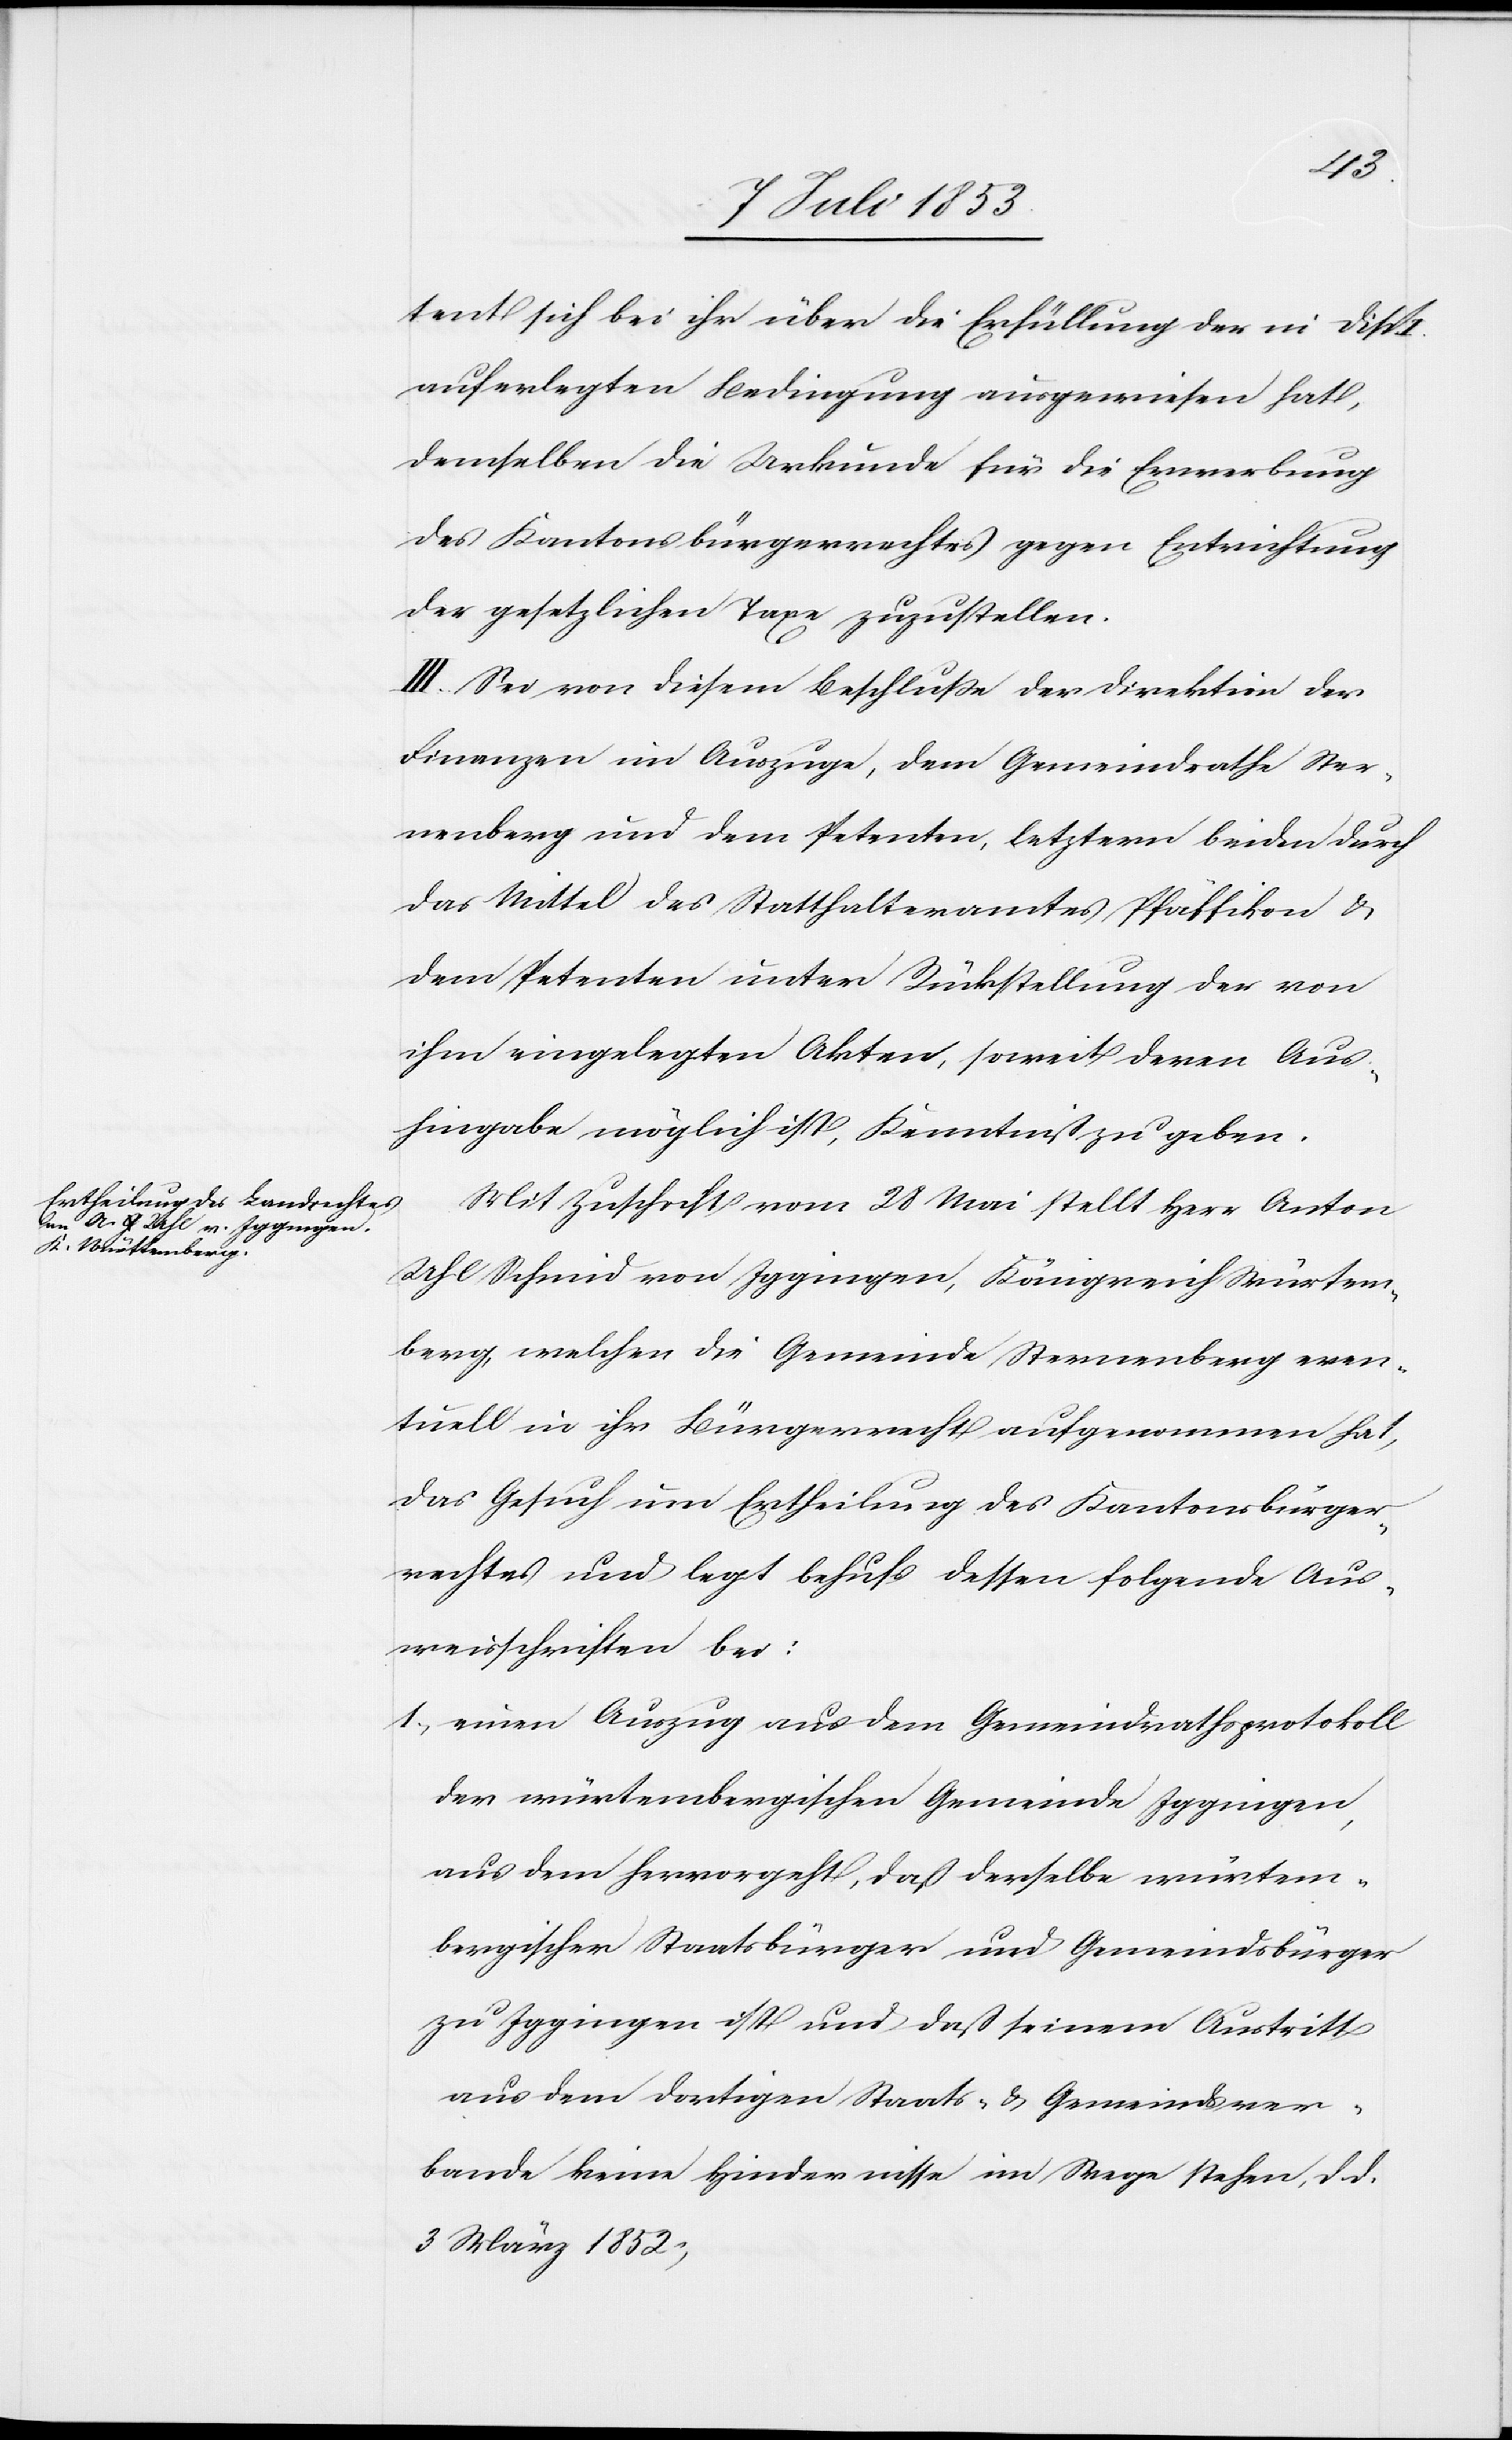
tent sich bei ihr über die Erfüllung der im Disp.
auferlegten Bedingung ausgewiesen hat,
demselben die Urkunde für die Erwerbung
des Kantonsbürgerrechtes gegen Entrichtung
der gesetzlichen Taxe zuzustellen.
III. Sei von diesem Beschluße der Direktion der
Finanzen im Auszuge, dem Gemeindrathe Ster¬
nenberg und dem Petenten, letztern beiden durch
das Mittel des Statthalteramtes Pfäffikon u.
dem Petenten unter Rückstellung der von
ihm eingelegten Akten, soweit deren Aus¬
hingabe möglich ist, Kenntniß zu geben.
Mit Zuschrift vom 28 Mai stellt Herr Anton
Uhl Schmid von Iggingen, Königreich Würtem¬
berg, welcher die Gemeinde Sternenberg even¬
tuell in ihr Bürgerrecht aufgenommen hat,
das Gesuch um Ertheilung des Kantonsbürger¬
rechtes und legt behufs dessen folgende Aus¬
weisschriften bei:
1, einen Auszug aus dem Gemeindrathsprotokoll
der würtembergischen Gemeinde Iggingen,
aus dem hervorgeht, daß derselbe würtem¬
bergischer Staatsbürger und Gemeindsbürger
zu Iggingen ist und daß seinem Austritt
aus dem dortigen Staats- u. Gemeindsver¬
bande keine Hindernisse im Wege stehen, d. d.
3 März 1852,